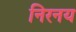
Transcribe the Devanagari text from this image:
निरनय